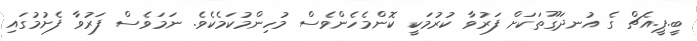
ބީ.ޕީ.އެޗް ގެ އުނދަގޫތަކަށް ފަރުވާ ކުރުމަކީ ކޮންމެހެންވެސް މުހިންމުކަމެކެވެ. ނަމަވެސް ފަރުވާ ފެށުމުގައި